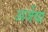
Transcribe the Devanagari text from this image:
अर्जेचा